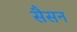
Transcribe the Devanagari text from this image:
सैसन